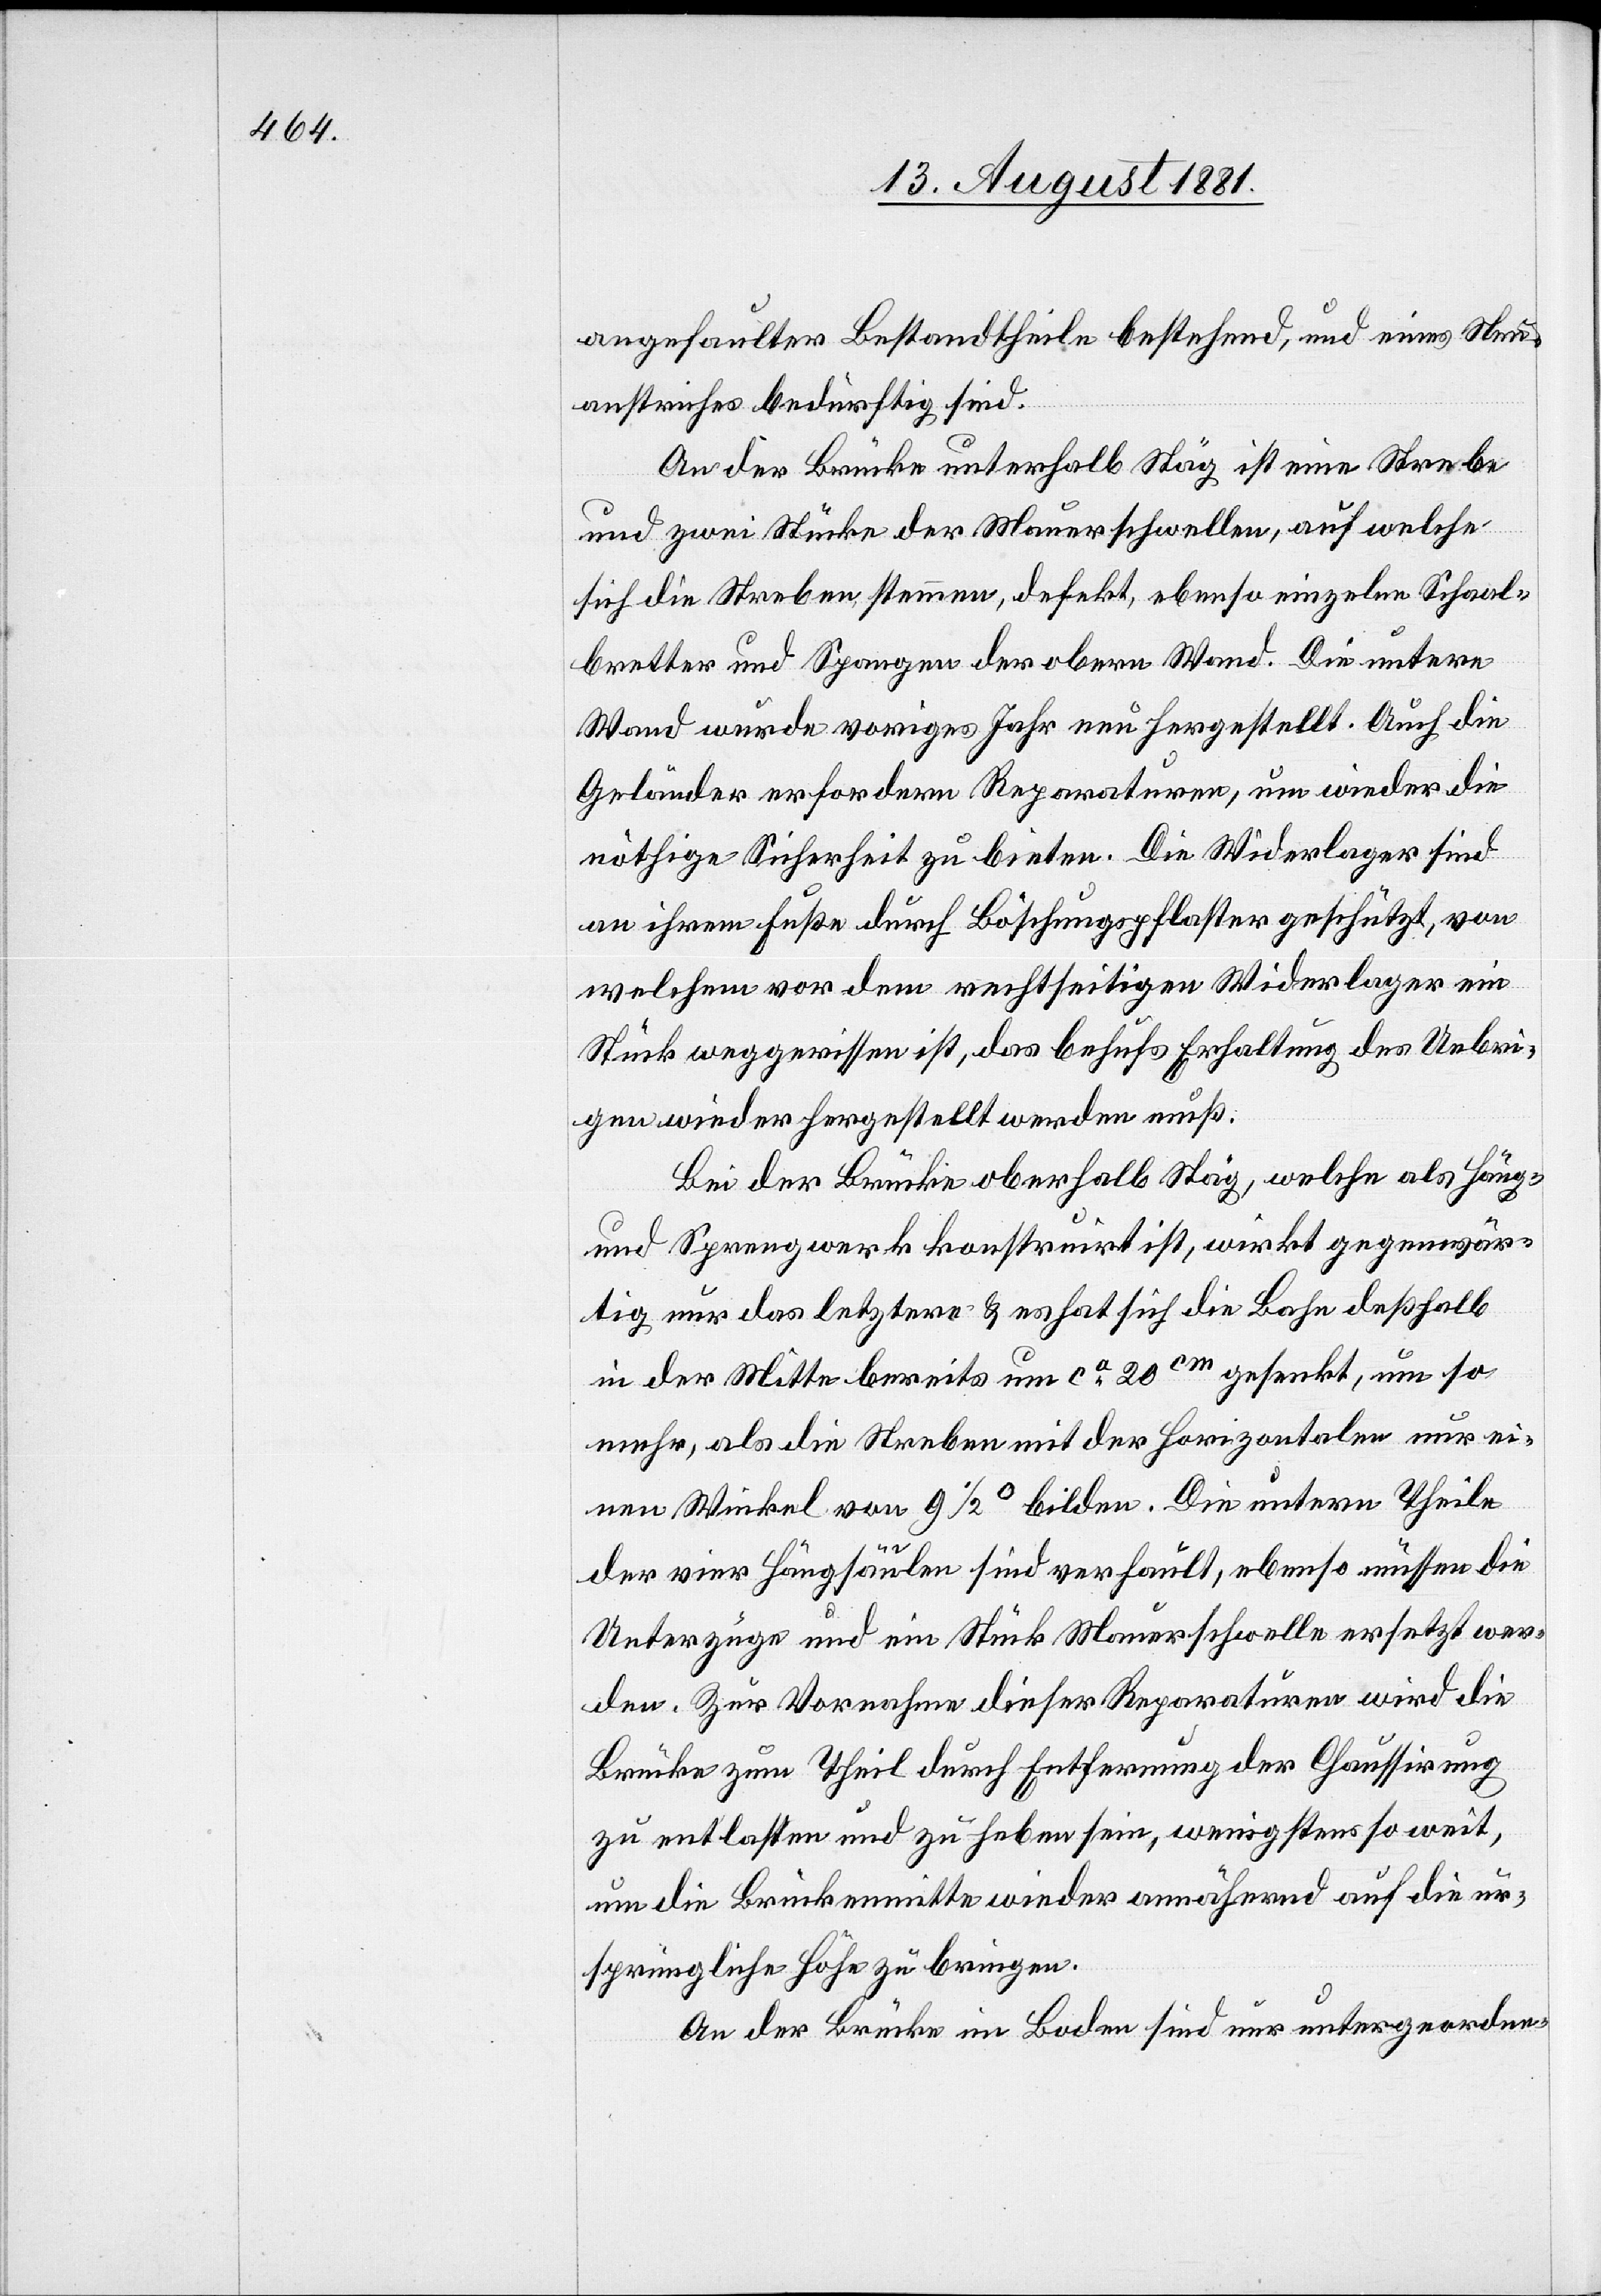
angefaulter Bestandtheile bestehend, und eines Neu¬
anstriches bedürftig sind.
An der Brücke unterhalb Stäg ist eine Strebe
und zwei Stücke der Mauerschwellen, auf welche
sich die Streben stemmen, defekt, ebenso einzelne Schaal¬
bretter und Spangen der obern Wand. Die untere
Wand wurde voriges Jahr neu hergestellt. Auch die
Geländer erfordern Reparaturen, um wieder die
nöthige Sicherheit zu bieten. Die Widerlager sind
an ihrem Fuße durch Böschungspflaster gestützt, von
welchem vor dem rechtseitigen Widerlager ein
Stück weggerissen ist, das behufs Erhaltung des Uebri¬
gen wieder hergestellt werden muß.
Bei der Brücke oberhalb Stäg, welche als Häng¬
end Sprengwerk konstatirt ist, wirkt gegenwär¬
tig nur das letztere & es hat sich die bahn deßhalb
in der Mitte bereits um ca 20cm gesenkt, um so
mehr, als die Streben mit der horizontalen nur ei¬
nen Winkel von 9 1/2° bilden. Die untern Theile
der vier Hauptsäulen sind verfault, ebenso müssen die
Unterzüge und ein Stück Mauerschwelle ersetzt wer¬
den. Zur Vornahme dieser Reparaturen wird die
Brücke zum Theil durch Entfernung der Chaussirung
zu entlasten und zu heben sein, wenigstens so weit,
um die Brückenmitte wieder annähernd auf die ur¬
sprüngliche Höhe zu bringen.
An der Brücke im Boden sind nur untergeordne-